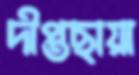
দীপ্তছায়া